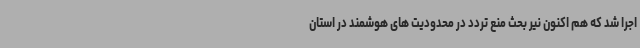
اجرا شد که هم اکنون نیر بحث منع تردد در محدودیت های هوشمند در استان